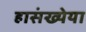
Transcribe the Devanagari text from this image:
हासंख्येया